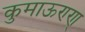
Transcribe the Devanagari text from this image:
कुमाऊण्ण्